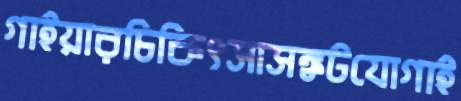
গাইয়ারচিকিৎসাসঙ্কটযোগাই